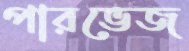
পারভেজ